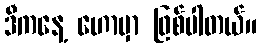
ဒီကနေ့ ဟောမှာ ဖြစ်ပါတယ်။